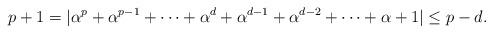
LaTeX: \begin{align*}p+1=|\alpha^{p}+\alpha^{p-1}+\cdots + \alpha^{d}+\alpha^{d-1}+\alpha^{d-2}+\cdots +\alpha+1|\leq p-d.\end{align*}